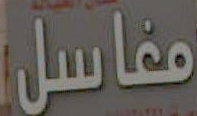
مغاسل